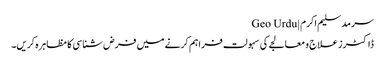
سرمد سلیم اکرم | Geo Urdu
ڈاکٹرز علاج و معالجے کی سہولت فراہم کرنے میں فرض شناسی کا مظاہرہ کریں۔